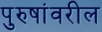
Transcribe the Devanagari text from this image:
पुरुषांवरील